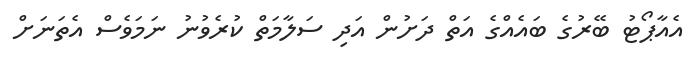
އެއާޕޯޓު ބޭރުގެ ބައެއްގެ އަތް ދަށުން އަދި ސަލާމަތް ކުރެވުނު ނަމަވެސް އެތަނަށް